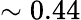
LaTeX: \sim 0.44